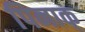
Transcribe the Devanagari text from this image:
पिनाक्